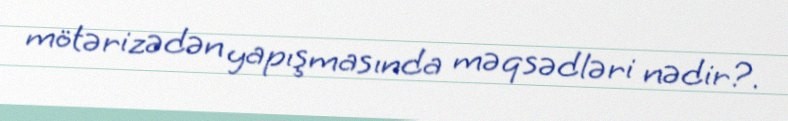
mötərizədən yapışmasında məqsədləri nədir?.